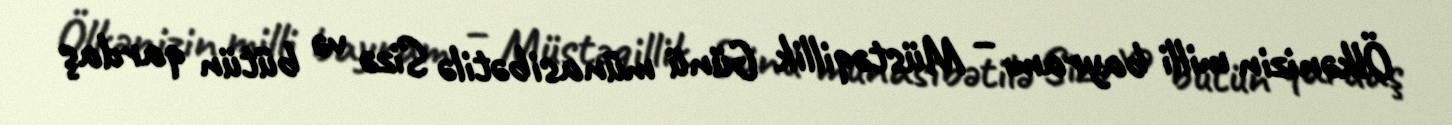
Ölkənizin milli bayramı – Müstəqillik Günü münasibətilə Sizə və bütün qardaş